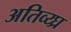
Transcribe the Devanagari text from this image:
अतिव्य्घ्र